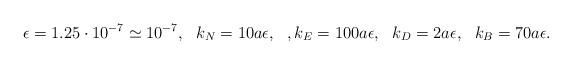
LaTeX: \begin{align*} \epsilon = 1.25 \cdot 10^{-7} \simeq 10^{-7}, ~~ k_{N} = 10 a \epsilon, ~~, k_{E} = 100 a \epsilon, ~~ k_{D} = 2 a \epsilon, ~~ k_{B} = 70 a \epsilon.\end{align*}